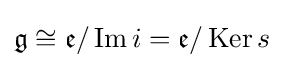
{\mathfrak {g}}\cong {\mathfrak {e}}/\operatorname {Im} i={\mathfrak {e}}/\operatorname {Ker} s